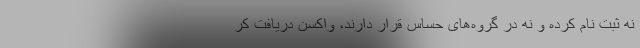
نه ثبت نام کرده و نه در گروه‌های حساس قرار دارند، واکسن دریافت کر